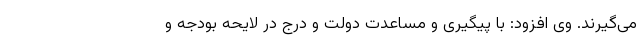
می‌گیرند. وی افزود: با پیگیری و مساعدت دولت و درج در لایحه بودجه و